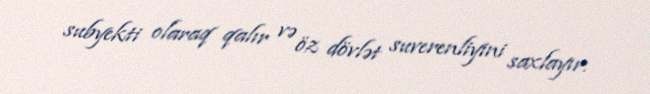
subyekti olaraq qalır və öz dövlət suverenliyini saxlayır.